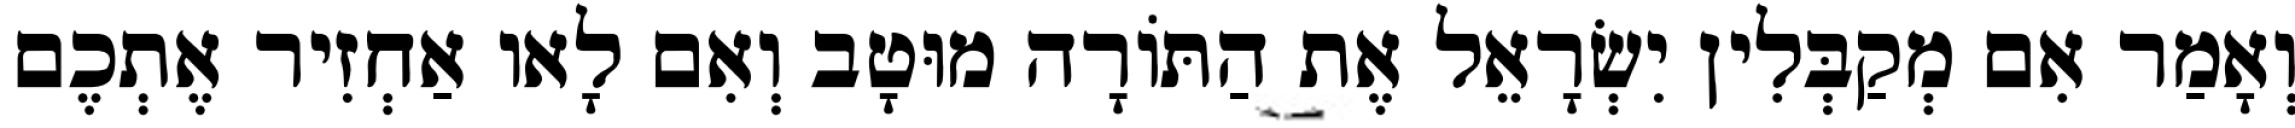
וְאָמַר אִם מְקַבְּלִין יִשְׂרָאֵל אֶת הַתּוֹרָה מוּטָב וְאִם לָאו אַחְזִיר אֶתְכֶם